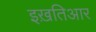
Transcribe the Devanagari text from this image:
इख़तिआर